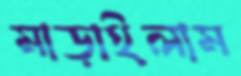
মাড়াইলাম